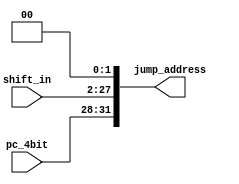
module Jump (shift_in, pc_4bit, jump_address);
	/*
	Jump:
		1. jump_address = Shift instruction[25:0] left by 2
		2. jump_address = Concatenate (PC+4)[31:28] and jump_address
	*/
	input [25:0] shift_in;
	input [3:0] pc_4bit;
	output [31:0] jump_address;
	assign jump_address[31:0] = {pc_4bit[3:0], shift_in[25:0], 2'b00};
endmodule